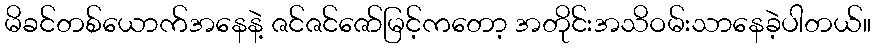
မိခင်တစ်ယောက်အနေနဲ့ ဇင်ဇင်ဇော်မြင့်ကတော့ အတိုင်းအသိဝမ်းသာနေခဲ့ပါတယ်။